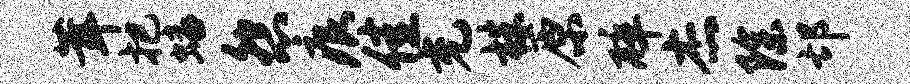
茸把蟠怨痕佳充株原碎杰除邙